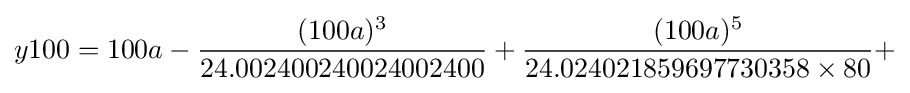
y100=100a-{\frac {(100a)^{3}}{24.002400240024002400}}+{\frac {(100a)^{5}}{24.024021859697730358\times 80}}+